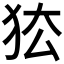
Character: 𰡅